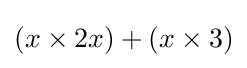
(x\times 2x)+(x\times 3)